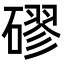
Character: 磟